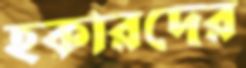
হকারদের